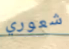
شعوري